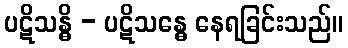
ပဋိသန္ဓိ - ပဋိသန္ဓေ နေရခြင်းသည်။